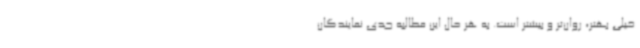
خیلی بهتر، روان‌تر و بیشتر است. به هر حال این مطالبه جدی نمایندگان